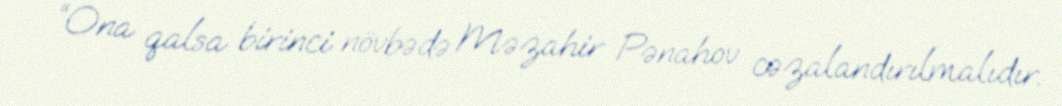
“Ona qalsa birinci növbədə Məzahir Pənahov cəzalandırılmalıdır.